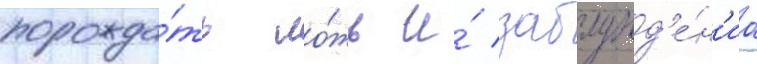
порожда́ть ло́жь и́ заблужд'е́н'иа